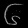
Digit: ၆